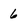
Character: 6